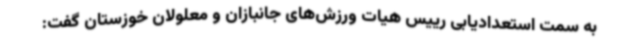
به سمت استعدادیابی رییس هیات ورزش‌های جانبازان و معلولان خوزستان گفت: